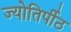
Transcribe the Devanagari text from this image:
ज्योतिर्पीठ